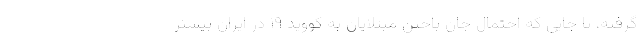
گرفته، تا جایی که احتمال جان باختن مبتلایان به کووید ۱۹ در ایران بیشتر